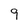
Character: 9